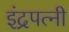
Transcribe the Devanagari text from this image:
इंद्रपत्नी